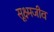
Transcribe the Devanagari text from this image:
सूक्ष्‍मजीव